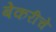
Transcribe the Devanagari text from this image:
बेकरीचे